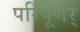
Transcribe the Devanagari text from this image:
परिपूणर्